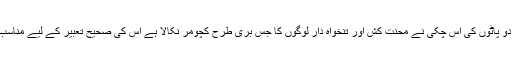
محدود آمدنی اور ہوشربا مہنگائی کے دو پاٹوں کی اس چکی نے محنت کش اور تنخواہ دار لوگوں کا جس بری طرح کچومر نکالا ہے اس کی صحیح تعبیر کے لیے مناسب الفاظ کی تلاش بھی مشکل ہوگئی ہے۔